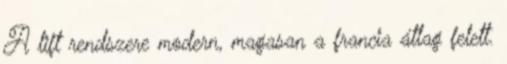
A lift rendszere modern, magasan a francia átlag felett.